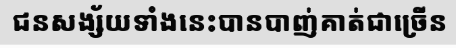
ជនសង្ស័យទាំងនេះបានបាញ់គាត់ជាច្រើន